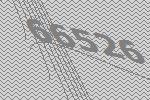
66526